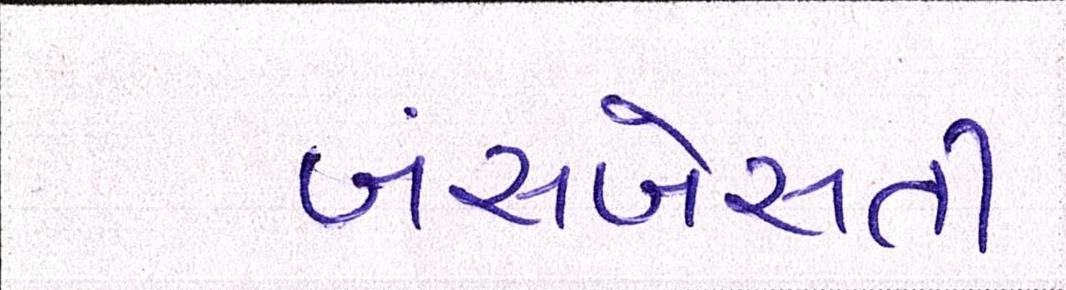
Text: બંસબેસતી